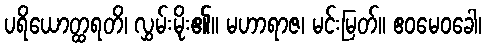
ပရိယောတ္ထရတိ၊ လွှမ်းမိုး၏။ မဟာရာဇ၊ မင်းမြတ်။ ဧဝမေဝခေါ၊